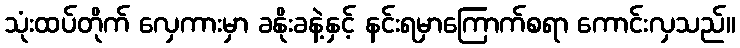
သုံးထပ်တိုက် လှေကားမှာ ခနိုးခနဲ့နှင့် နင်းရမှာကြောက်စရာ ကောင်းလှသည်။